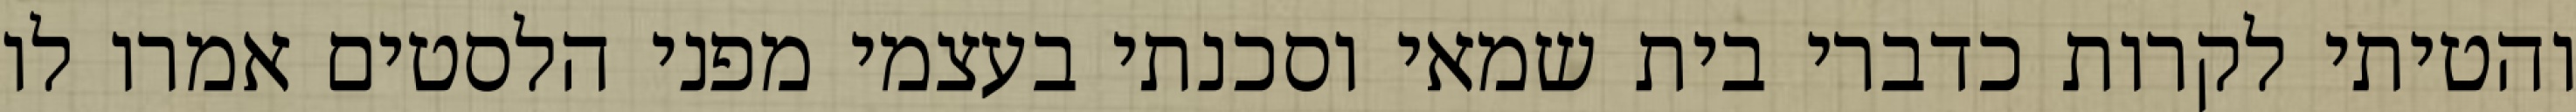
והטיתי לקרות כדברי בית שמאי וסכנתי בעצמי מפני הלסטים אמרו לו